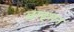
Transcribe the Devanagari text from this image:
बाहमन